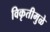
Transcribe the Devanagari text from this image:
विकृतीमुळे